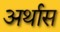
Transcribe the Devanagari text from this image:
अर्थास